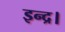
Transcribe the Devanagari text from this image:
इन्द्र।